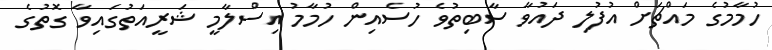
ހުމާމުގެ މައްޗަށް އުފުލި ދައުވާ ސާބިތުވެ ހުސެއިން ހުމާމު އިސްލާމީ ޝަރީއަތުގައިވާ ގޮތުގެ